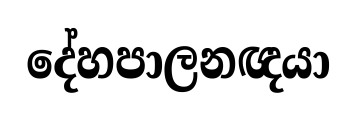
දේහපාලනඥයා